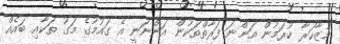
މުޒާހަރާ ކުރަމުން އަންނަ ފަރާތްތަކުން އަންނަނީ އެ ގައުމުގެ މަގު ތަކާއި ބައެއް